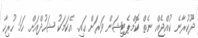
ދޫކުރާނެ ކުއްޖެއް ނެތް ކޮމްޕެޓިޝަން ވަރަށް ހައި. އެކަމަކު ޝަހުދްއަށް ހަމަ ހުރިހާ